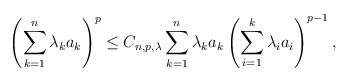
\begin{align*} \left ( \sum^n_{k=1}\lambda_ka_k\right )^p \leq C_{n,p, \lambda}\sum^n_{k=1}\lambda_ka_k\left ( \sum^k_{i=1}\lambda_ia_i\right )^{p-1},\end{align*}